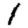
Digit: 1